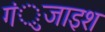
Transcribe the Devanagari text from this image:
गंुजाइश